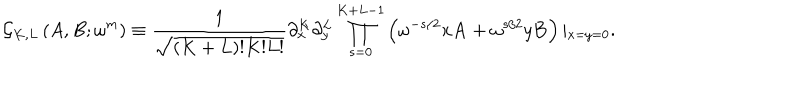
\displaystyle { \mathcal { G } _ { K , L } \left( A , B ; \omega ^ { m } \right) \equiv \frac { 1 } { \sqrt { ( K + L ) ! K ! L ! } } \partial _ { x } ^ { K } \partial _ { y } ^ { L } \prod _ { s = 0 } ^ { K + L - 1 } \left( \omega ^ { - s / 2 } x \mathbf { A } + \omega ^ { s / 2 } y \mathbf { B } \right) \vert _ { x = y = 0 } . }